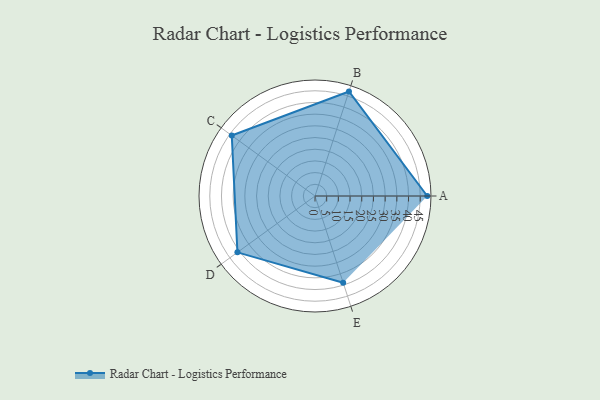
{"axis": {"x": "Skill", "y": "Score"}, "legend": ["Profile"], "data": [{"x": "A", "y": 48.0, "type": "Profile"}, {"x": "B", "y": 47.0, "type": "Profile"}, {"x": "C", "y": 44.0, "type": "Profile"}, {"x": "D", "y": 41.0, "type": "Profile"}, {"x": "E", "y": 39.0, "type": "Profile"}]}